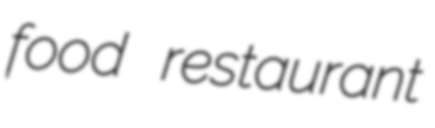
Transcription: food restaurant